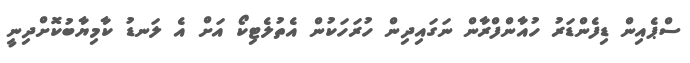
ސްޕެއިން ޑިފެންޑަރު ހުއާންފްރާން ނަގައިދިން ހުރަހަކުން އެތުލެޓިކޯ އަށް އެ ލަނޑު ކާމިޔާބުކޮށްދިނީ